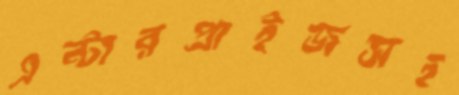
এন্টারপ্রাইজসহ